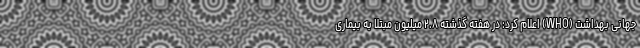
جهانی بهداشت (WHO) اعلام کرد: در هفته گذشته ۲.۸ میلیون مبتلا به بیماری